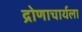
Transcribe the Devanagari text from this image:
द्रोणाचार्यला